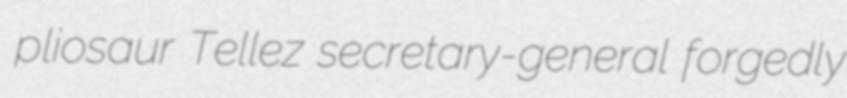
pliosaur Tellez secretary-general forgedly